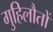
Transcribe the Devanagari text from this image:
गुहिलौतों